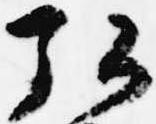
弘